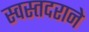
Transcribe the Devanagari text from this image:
स्वस्तदराने